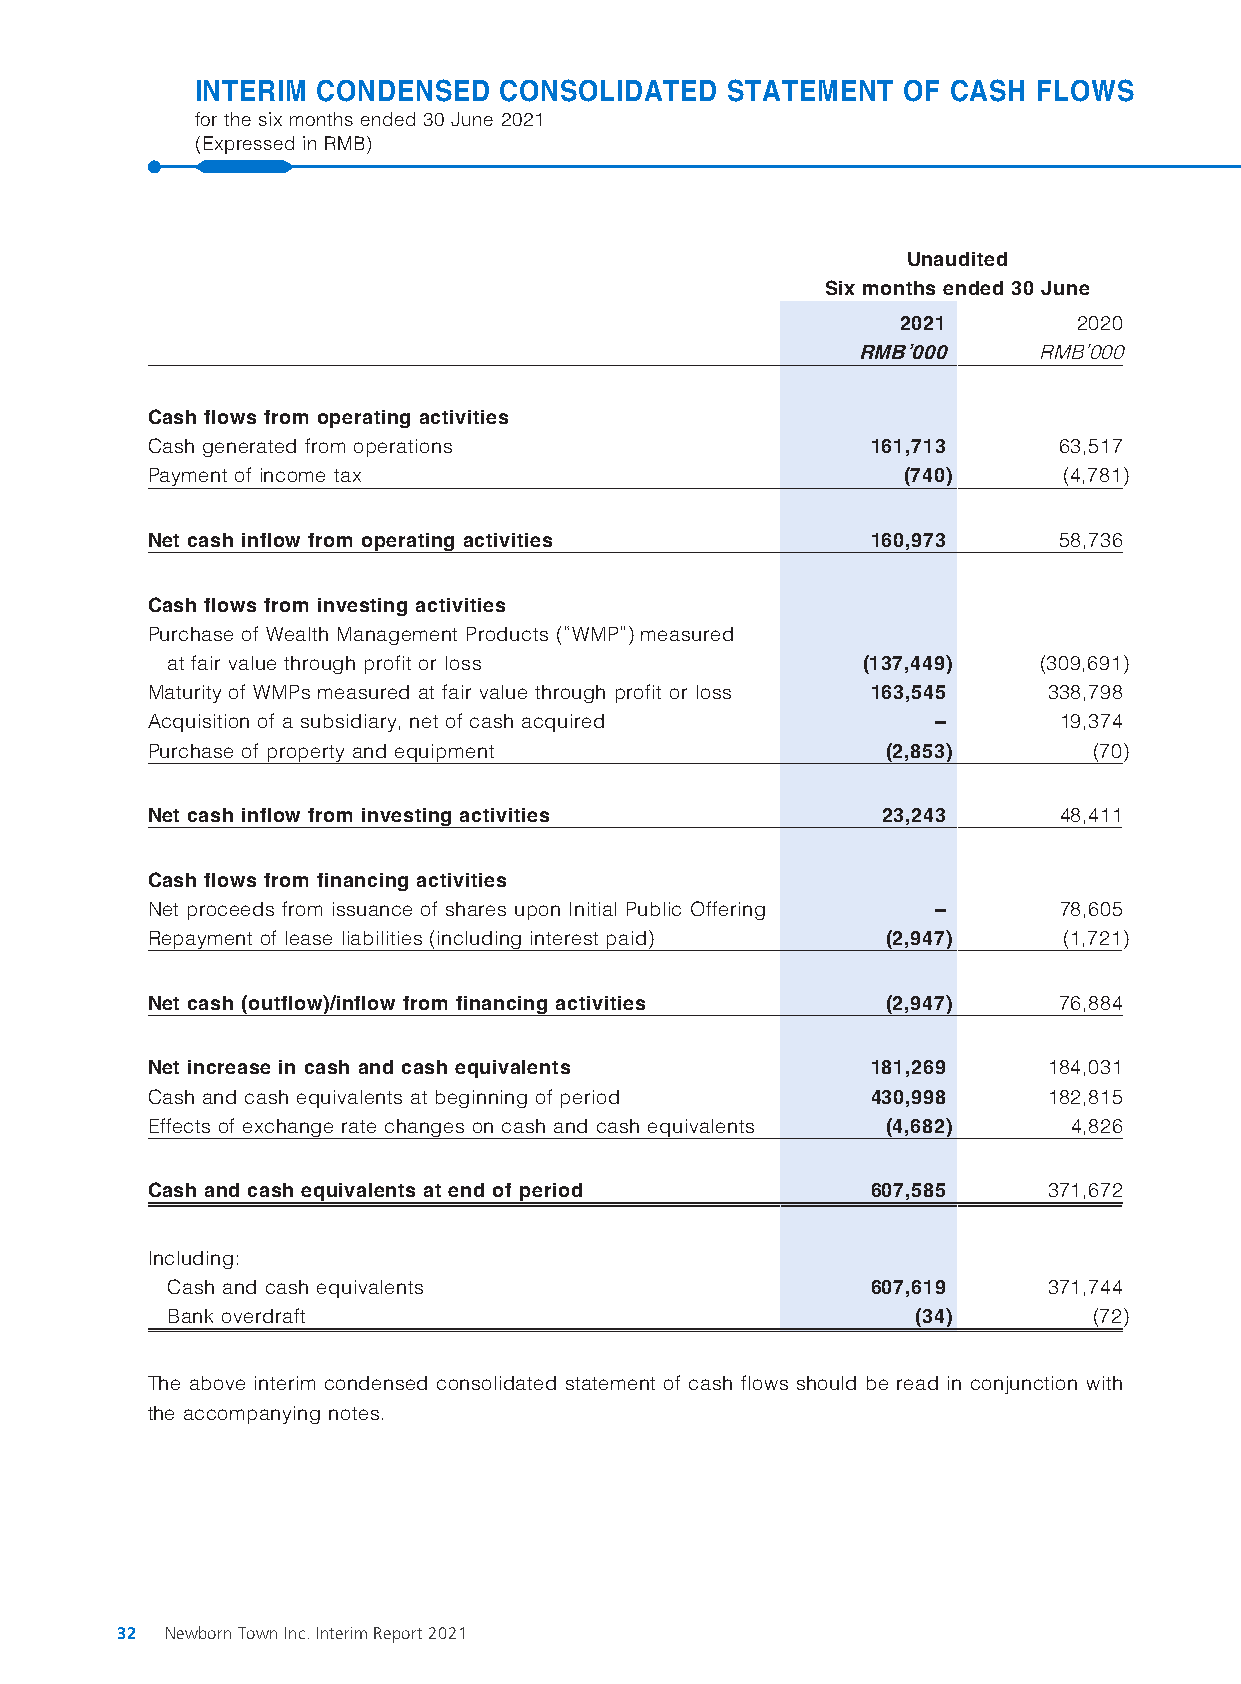
INTERIM CONDENSED   CONSOLIDATED   STATEMENT   OF CASH  FLOWS
 for the six months ended 30 June 2021
 (Expressed in RMB)
 Unaudited
 Six months ended 30 June
 2021       2020
 RMB’000     RMB’000
 Cash flows from operating activities
 Cash generated from operations                  161,713     63,517
 Payment of income tax                             (740)     (4,781)
 Net cash inflow from operating activities       160,973     58,736
 Cash flows from investing activities
 Purchase of Wealth Management Products (“WMP”) measured
 at fair value through profit or loss          (137,449)   (309,691)
 Maturity of WMPs measured at fair value through profit or loss 163,545 338,798
 Acquisition of a subsidiary, net of cash acquired   –       19,374
 Purchase of property and equipment               (2,853)      (70)
 Net cash inflow from investing activities       23,243      48,411
 Cash flows from financing activities
 Net proceeds from issuance of shares upon Initial Public Offering – 78,605
 Repayment of lease liabilities (including interest paid) (2,947) (1,721)
 Net cash (outflow)/inflow from financing activities (2,947) 76,884
 Net increase in cash and cash equivalents       181,269    184,031
 Cash and cash equivalents at beginning of period 430,998   182,815
 Effects of exchange rate changes on cash and cash equivalents (4,682) 4,826
 Cash and cash equivalents at end of period      607,585    371,672
 Including:
 Cash and cash equivalents                      607,619    371,744
 Bank overdraft                                    (34)       (72)
 The above interim condensed consolidated statement of cash flows should be read in conjunction with
 the accompanying notes.
 32 Newborn Town Inc. Interim Report 2021